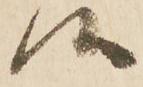
候